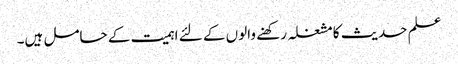
علم حدیث کا مشغلہ رکھنے والوں کے لئے اہمیت کے حامل ہیں۔